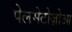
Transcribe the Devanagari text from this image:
पेलमेटोज़ोआ